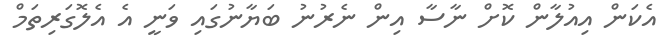
އެކަން އިއުލާން ކޮށް ނާސާ އިން ނެރުނު ބަޔާނުގައި ވަނީ އެ އެލޮގަރިތަމް